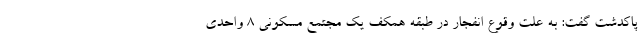
پاکدشت گفت: به علت وقوع انفجار در طبقه همکف یک مجتمع مسکونی ۸ واحدی